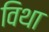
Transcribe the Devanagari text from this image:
विथा